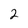
Character: 2